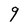
Character: 9